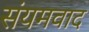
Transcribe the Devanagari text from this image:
संयमवाद